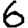
Digit: 6